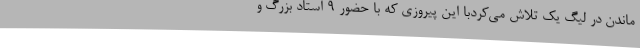
ماندن در لیگ یک تلاش می‌کردبا این پیروزی که با حضور 9 استاد بزرگ و